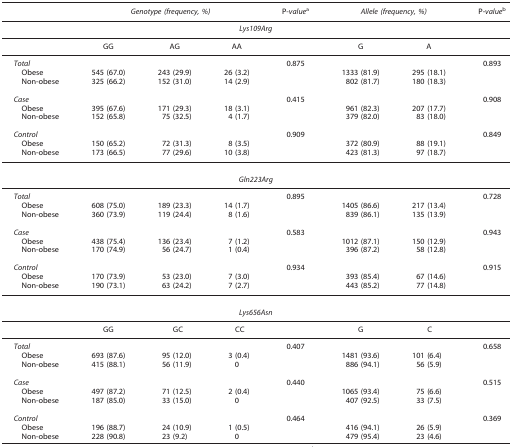
<table><thead><tr><td><b> </b></td><td colspan="3"><b><i>Genotype (frequency, %)</i></b></td><td><b>P-<i>value</i>a</b></td><td colspan="2"><b><i>Allele (frequency, %)</i></b></td><td><b>P-<i>value</i>b</b></td></tr></thead><tbody><tr><td colspan="8"><i>Lys109Arg</i></td></tr><tr><td> </td><td>GG</td><td>AG</td><td>AA</td><td> </td><td>G</td><td>A</td><td> </td></tr><tr><td> <i>Total</i></td><td> </td><td> </td><td> </td><td>0.875</td><td> </td><td> </td><td>0.893</td></tr><tr><td>Obese</td><td>545 (67.0)</td><td>243 (29.9)</td><td>26 (3.2)</td><td> </td><td>1333 (81.9)</td><td>295 (18.1)</td><td> </td></tr><tr><td>Non-obese</td><td>325 (66.2)</td><td>152 (31.0)</td><td>14 (2.9)</td><td> </td><td>802 (81.7)</td><td>180 (18.3)</td><td> </td></tr><tr><td colspan="8"> </td></tr><tr><td> <i>Case</i></td><td> </td><td> </td><td> </td><td>0.415</td><td> </td><td> </td><td>0.908</td></tr><tr><td>Obese</td><td>395 (67.6)</td><td>171 (29.3)</td><td>18 (3.1)</td><td> </td><td>961 (82.3)</td><td>207 (17.7)</td><td> </td></tr><tr><td>Non-obese</td><td>152 (65.8)</td><td>75 (32.5)</td><td>4 (1.7)</td><td> </td><td>379 (82.0)</td><td>83 (18.0)</td><td> </td></tr><tr><td colspan="8"> </td></tr><tr><td> <i>Control</i></td><td> </td><td> </td><td> </td><td>0.909</td><td> </td><td> </td><td>0.849</td></tr><tr><td>Obese</td><td>150 (65.2)</td><td>72 (31.3)</td><td>8 (3.5)</td><td> </td><td>372 (80.9)</td><td>88 (19.1)</td><td> </td></tr><tr><td>Non-obese</td><td>173 (66.5)</td><td>77 (29.6)</td><td>10 (3.8)</td><td> </td><td>423 (81.3)</td><td>97 (18.7)</td><td> </td></tr><tr><td colspan="8"> </td></tr><tr><td colspan="8"><i>Gln223Arg</i></td></tr><tr><td> <i>Total</i></td><td> </td><td> </td><td> </td><td>0.895</td><td> </td><td> </td><td>0.728</td></tr><tr><td>Obese</td><td>608 (75.0)</td><td>189 (23.3)</td><td>14 (1.7)</td><td> </td><td>1405 (86.6)</td><td>217 (13.4)</td><td> </td></tr><tr><td>Non-obese</td><td>360 (73.9)</td><td>119 (24.4)</td><td>8 (1.6)</td><td> </td><td>839 (86.1)</td><td>135 (13.9)</td><td> </td></tr><tr><td colspan="8"> </td></tr><tr><td> <i>Case</i></td><td> </td><td> </td><td> </td><td>0.583</td><td> </td><td> </td><td>0.943</td></tr><tr><td>Obese</td><td>438 (75.4)</td><td>136 (23.4)</td><td>7 (1.2)</td><td> </td><td>1012 (87.1)</td><td>150 (12.9)</td><td> </td></tr><tr><td>Non-obese</td><td>170 (74.9)</td><td>56 (24.7)</td><td>1 (0.4)</td><td> </td><td>396 (87.2)</td><td>58 (12.8)</td><td> </td></tr><tr><td colspan="8"> </td></tr><tr><td> <i>Control</i></td><td> </td><td> </td><td> </td><td>0.934</td><td> </td><td> </td><td>0.915</td></tr><tr><td>Obese</td><td>170 (73.9)</td><td>53 (23.0)</td><td>7 (3.0)</td><td> </td><td>393 (85.4)</td><td>67 (14.6)</td><td> </td></tr><tr><td>Non-obese</td><td>190 (73.1)</td><td>63 (24.2)</td><td>7 (2.7)</td><td> </td><td>443 (85.2)</td><td>77 (14.8)</td><td> </td></tr><tr><td colspan="8"> </td></tr><tr><td colspan="8"><i>Lys656Asn</i></td></tr><tr><td> </td><td>GG</td><td>GC</td><td>CC</td><td> </td><td>G</td><td>C</td><td> </td></tr><tr><td> <i>Total</i></td><td> </td><td> </td><td> </td><td>0.407</td><td> </td><td> </td><td>0.658</td></tr><tr><td>Obese</td><td>693 (87.6)</td><td>95 (12.0)</td><td>3 (0.4)</td><td> </td><td>1481 (93.6)</td><td>101 (6.4)</td><td> </td></tr><tr><td>Non-obese</td><td>415 (88.1)</td><td>56 (11.9)</td><td>0</td><td> </td><td>886 (94.1)</td><td>56 (5.9)</td><td> </td></tr><tr><td colspan="8"> </td></tr><tr><td> <i>Case</i></td><td> </td><td> </td><td> </td><td>0.440</td><td> </td><td> </td><td>0.515</td></tr><tr><td>Obese</td><td>497 (87.2)</td><td>71 (12.5)</td><td>2 (0.4)</td><td> </td><td>1065 (93.4)</td><td>75 (6.6)</td><td> </td></tr><tr><td>Non-obese</td><td>187 (85.0)</td><td>33 (15.0)</td><td>0</td><td> </td><td>407 (92.5)</td><td>33 (7.5)</td><td> </td></tr><tr><td colspan="8"> </td></tr><tr><td> <i>Control</i></td><td> </td><td> </td><td> </td><td>0.464</td><td> </td><td> </td><td>0.369</td></tr><tr><td>Obese</td><td>196 (88.7)</td><td>24 (10.9)</td><td>1 (0.5)</td><td> </td><td>416 (94.1)</td><td>26 (5.9)</td><td> </td></tr><tr><td>Non-obese</td><td>228 (90.8)</td><td>23 (9.2)</td><td>0</td><td> </td><td>479 (95.4)</td><td>23 (4.6)</td><td> </td></tr></tbody></table>